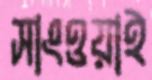
সাংওয়াই